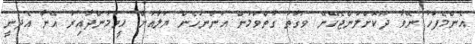
އެންމެފަހު ނޭވާ ދޫކޮށްލަންޖެހޭނޭ ވަގުތު ގާތްވަމުން އަންނަހެން ޔަލާއަށް ހީވަމުންދާއިރު އޭނާ އެދެނީ